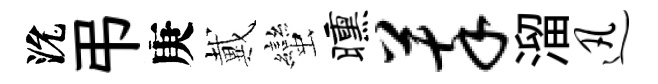
沇弔庚戴蠻曛萃溜迅